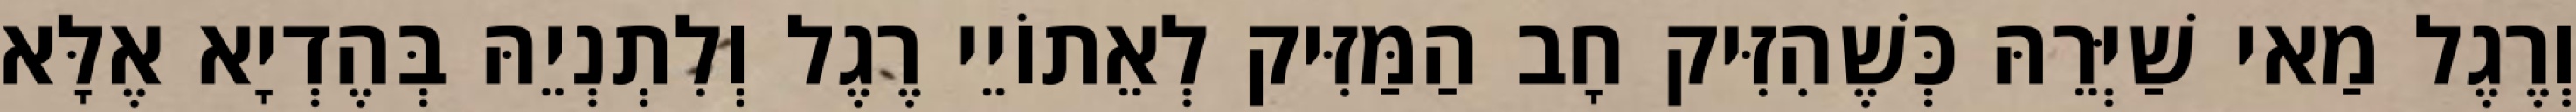
וְרֶגֶל מַאי שַׁיְּרֵהּ כְּשֶׁהִזִּיק חָב הַמַּזִּיק לְאֵתוֹיֵי רֶגֶל וְלִתְנְיֵהּ בְּהֶדְיָא אֶלָּא